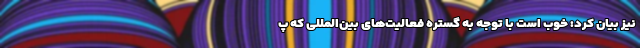
نیز بیان کرد: خوب است با توجه به گستره فعالیت‌های بین‌المللی که پ